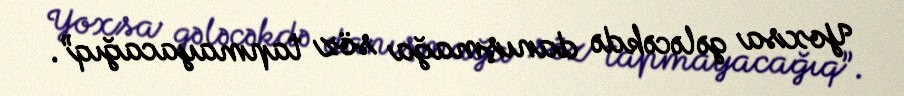
Yoxsa gələcəkdə danışmağa söz tapmayacağıq”.